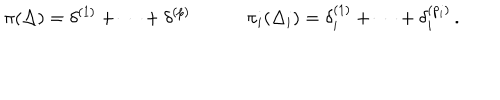
\pi ( \Delta ) = \delta ^ { ( 1 ) } + \cdots + \delta ^ { ( p ) } \qquad \quad \pi _ { i } ( \Delta _ { i } ) = \delta _ { i } ^ { ( 1 ) } + \cdots + \delta _ { i } ^ { ( p _ { i } ) } \, .